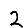
Digit: 2